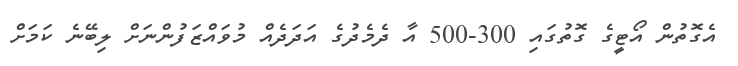
އެގޮތުން އޯޓީގެ ގޮތުގައި 300-500 އާ ދެމެދުގެ އަދަދެއް މުވައްޒަފުންނަށް ލިބޭނެ ކަމަށް